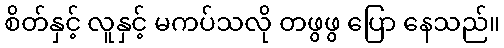
စိတ်နှင့် လူနှင့် မကပ်သလို တဖွဖွ ပြော နေသည်။